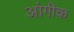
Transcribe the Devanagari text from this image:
आंगीक